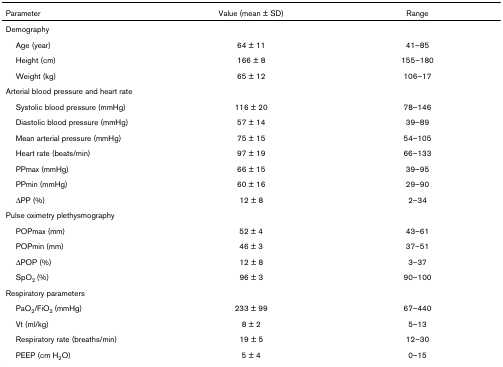
<table><thead><tr><td><b>Parameter</b></td><td><b>Value (mean ± SD)</b></td><td><b>Range</b></td></tr></thead><tbody><tr><td colspan="3">Demography</td></tr><tr><td> Age (year)</td><td>64 ± 11</td><td>41–85</td></tr><tr><td> Height (cm)</td><td>166 ± 8</td><td>155–180</td></tr><tr><td> Weight (kg)</td><td>65 ± 12</td><td>106–17</td></tr><tr><td colspan="3">Arterial blood pressure and heart rate</td></tr><tr><td> Systolic blood pressure (mmHg)</td><td>116 ± 20</td><td>78–146</td></tr><tr><td> Diastolic blood pressure (mmHg)</td><td>57 ± 14</td><td>39–89</td></tr><tr><td> Mean arterial pressure (mmHg)</td><td>75 ± 15</td><td>54–105</td></tr><tr><td> Heart rate (beats/min)</td><td>97 ± 19</td><td>66–133</td></tr><tr><td> PPmax (mmHg)</td><td>66 ± 15</td><td>39–95</td></tr><tr><td> PPmin (mmHg)</td><td>60 ± 16</td><td>29–90</td></tr><tr><td> ΔPP (%)</td><td>12 ± 8</td><td>2–34</td></tr><tr><td colspan="3">Pulse oximetry plethysmography</td></tr><tr><td> POPmax (mm)</td><td>52 ± 4</td><td>43–61</td></tr><tr><td> POPmin (mm)</td><td>46 ± 3</td><td>37–51</td></tr><tr><td> ΔPOP (%)</td><td>12 ± 8</td><td>3–37</td></tr><tr><td> SpO<sub>2 </sub>(%)</td><td>96 ± 3</td><td>90–100</td></tr><tr><td colspan="3">Respiratory parameters</td></tr><tr><td> PaO<sub>2</sub>/FiO<sub>2 </sub>(mmHg)</td><td>233 ± 99</td><td>67–440</td></tr><tr><td> Vt (ml/kg)</td><td>8 ± 2</td><td>5–13</td></tr><tr><td> Respiratory rate (breaths/min)</td><td>19 ± 5</td><td>12–30</td></tr><tr><td> PEEP (cm H<sub>2</sub>O)</td><td>5 ± 4</td><td>0–15</td></tr></tbody></table>